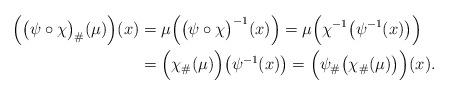
LaTeX: \begin{align*}\Big(\big(\psi\circ\chi\big)_\#(\mu)\Big)(x)&=\mu\Big(\big(\psi\circ\chi\big)^{-1}(x)\Big)=\mu\Big(\chi^{-1}\big(\psi^{-1}(x)\big)\Big)\\&=\Big(\chi_\#(\mu)\Big)\big(\psi^{-1}(x)\big)=\Big(\psi_\#\big(\chi_\#(\mu)\big)\Big)(x).\end{align*}